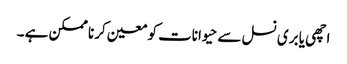
اچھی یا بری نسل سے حیوانات کو معین کرنا ممکن ہے ۔